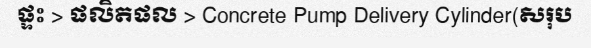
ផ្ទះ > ផលិតផល > Concrete Pump Delivery Cylinder(សរុប